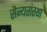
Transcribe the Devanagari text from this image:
सैन्यसंस्था